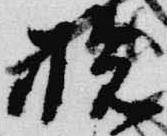
拾